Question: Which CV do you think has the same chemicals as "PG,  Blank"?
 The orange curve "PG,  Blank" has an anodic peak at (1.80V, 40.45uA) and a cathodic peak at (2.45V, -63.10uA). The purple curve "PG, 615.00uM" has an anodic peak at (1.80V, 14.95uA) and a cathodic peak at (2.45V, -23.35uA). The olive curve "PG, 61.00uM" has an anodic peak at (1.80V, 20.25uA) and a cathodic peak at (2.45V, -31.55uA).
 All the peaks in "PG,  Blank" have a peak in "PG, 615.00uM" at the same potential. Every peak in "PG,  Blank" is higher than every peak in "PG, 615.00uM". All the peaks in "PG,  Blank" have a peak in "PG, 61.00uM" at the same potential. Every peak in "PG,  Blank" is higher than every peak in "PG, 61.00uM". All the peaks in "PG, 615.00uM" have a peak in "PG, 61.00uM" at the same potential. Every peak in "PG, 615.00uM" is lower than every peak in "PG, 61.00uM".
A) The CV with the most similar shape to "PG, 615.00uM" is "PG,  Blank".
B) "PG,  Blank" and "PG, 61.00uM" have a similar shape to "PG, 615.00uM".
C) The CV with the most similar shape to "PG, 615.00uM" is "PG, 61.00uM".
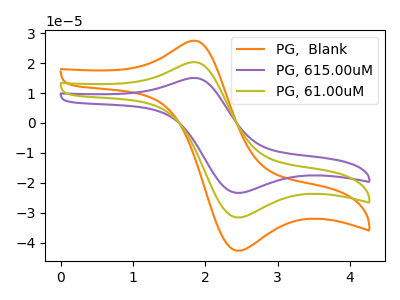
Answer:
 <answer>B) "PG,  Blank" and "PG, 61.00uM" have a similar shape to "PG, 615.00uM".</answer>
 <eval>B</eval>